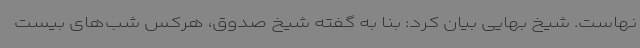
نهاست. شیخ بهایی بیان کرد: بنا به گفته شیخ صدوق، هرکس شب‌های بیست